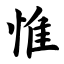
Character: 惟